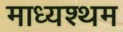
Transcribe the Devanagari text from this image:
माध्यश्थम